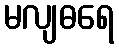
မလျဓရေ